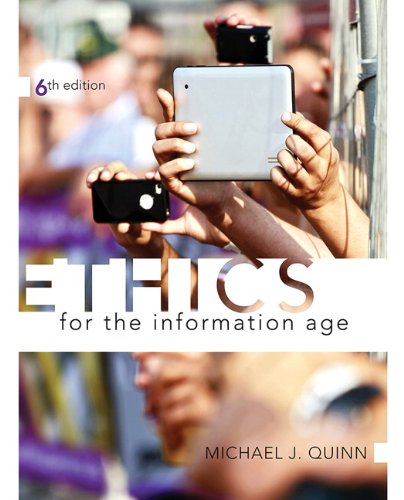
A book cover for Ethics for the Information Age (6th Edition); Michael J. Quinn; Business & Money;